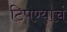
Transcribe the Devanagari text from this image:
टिपण्याचं